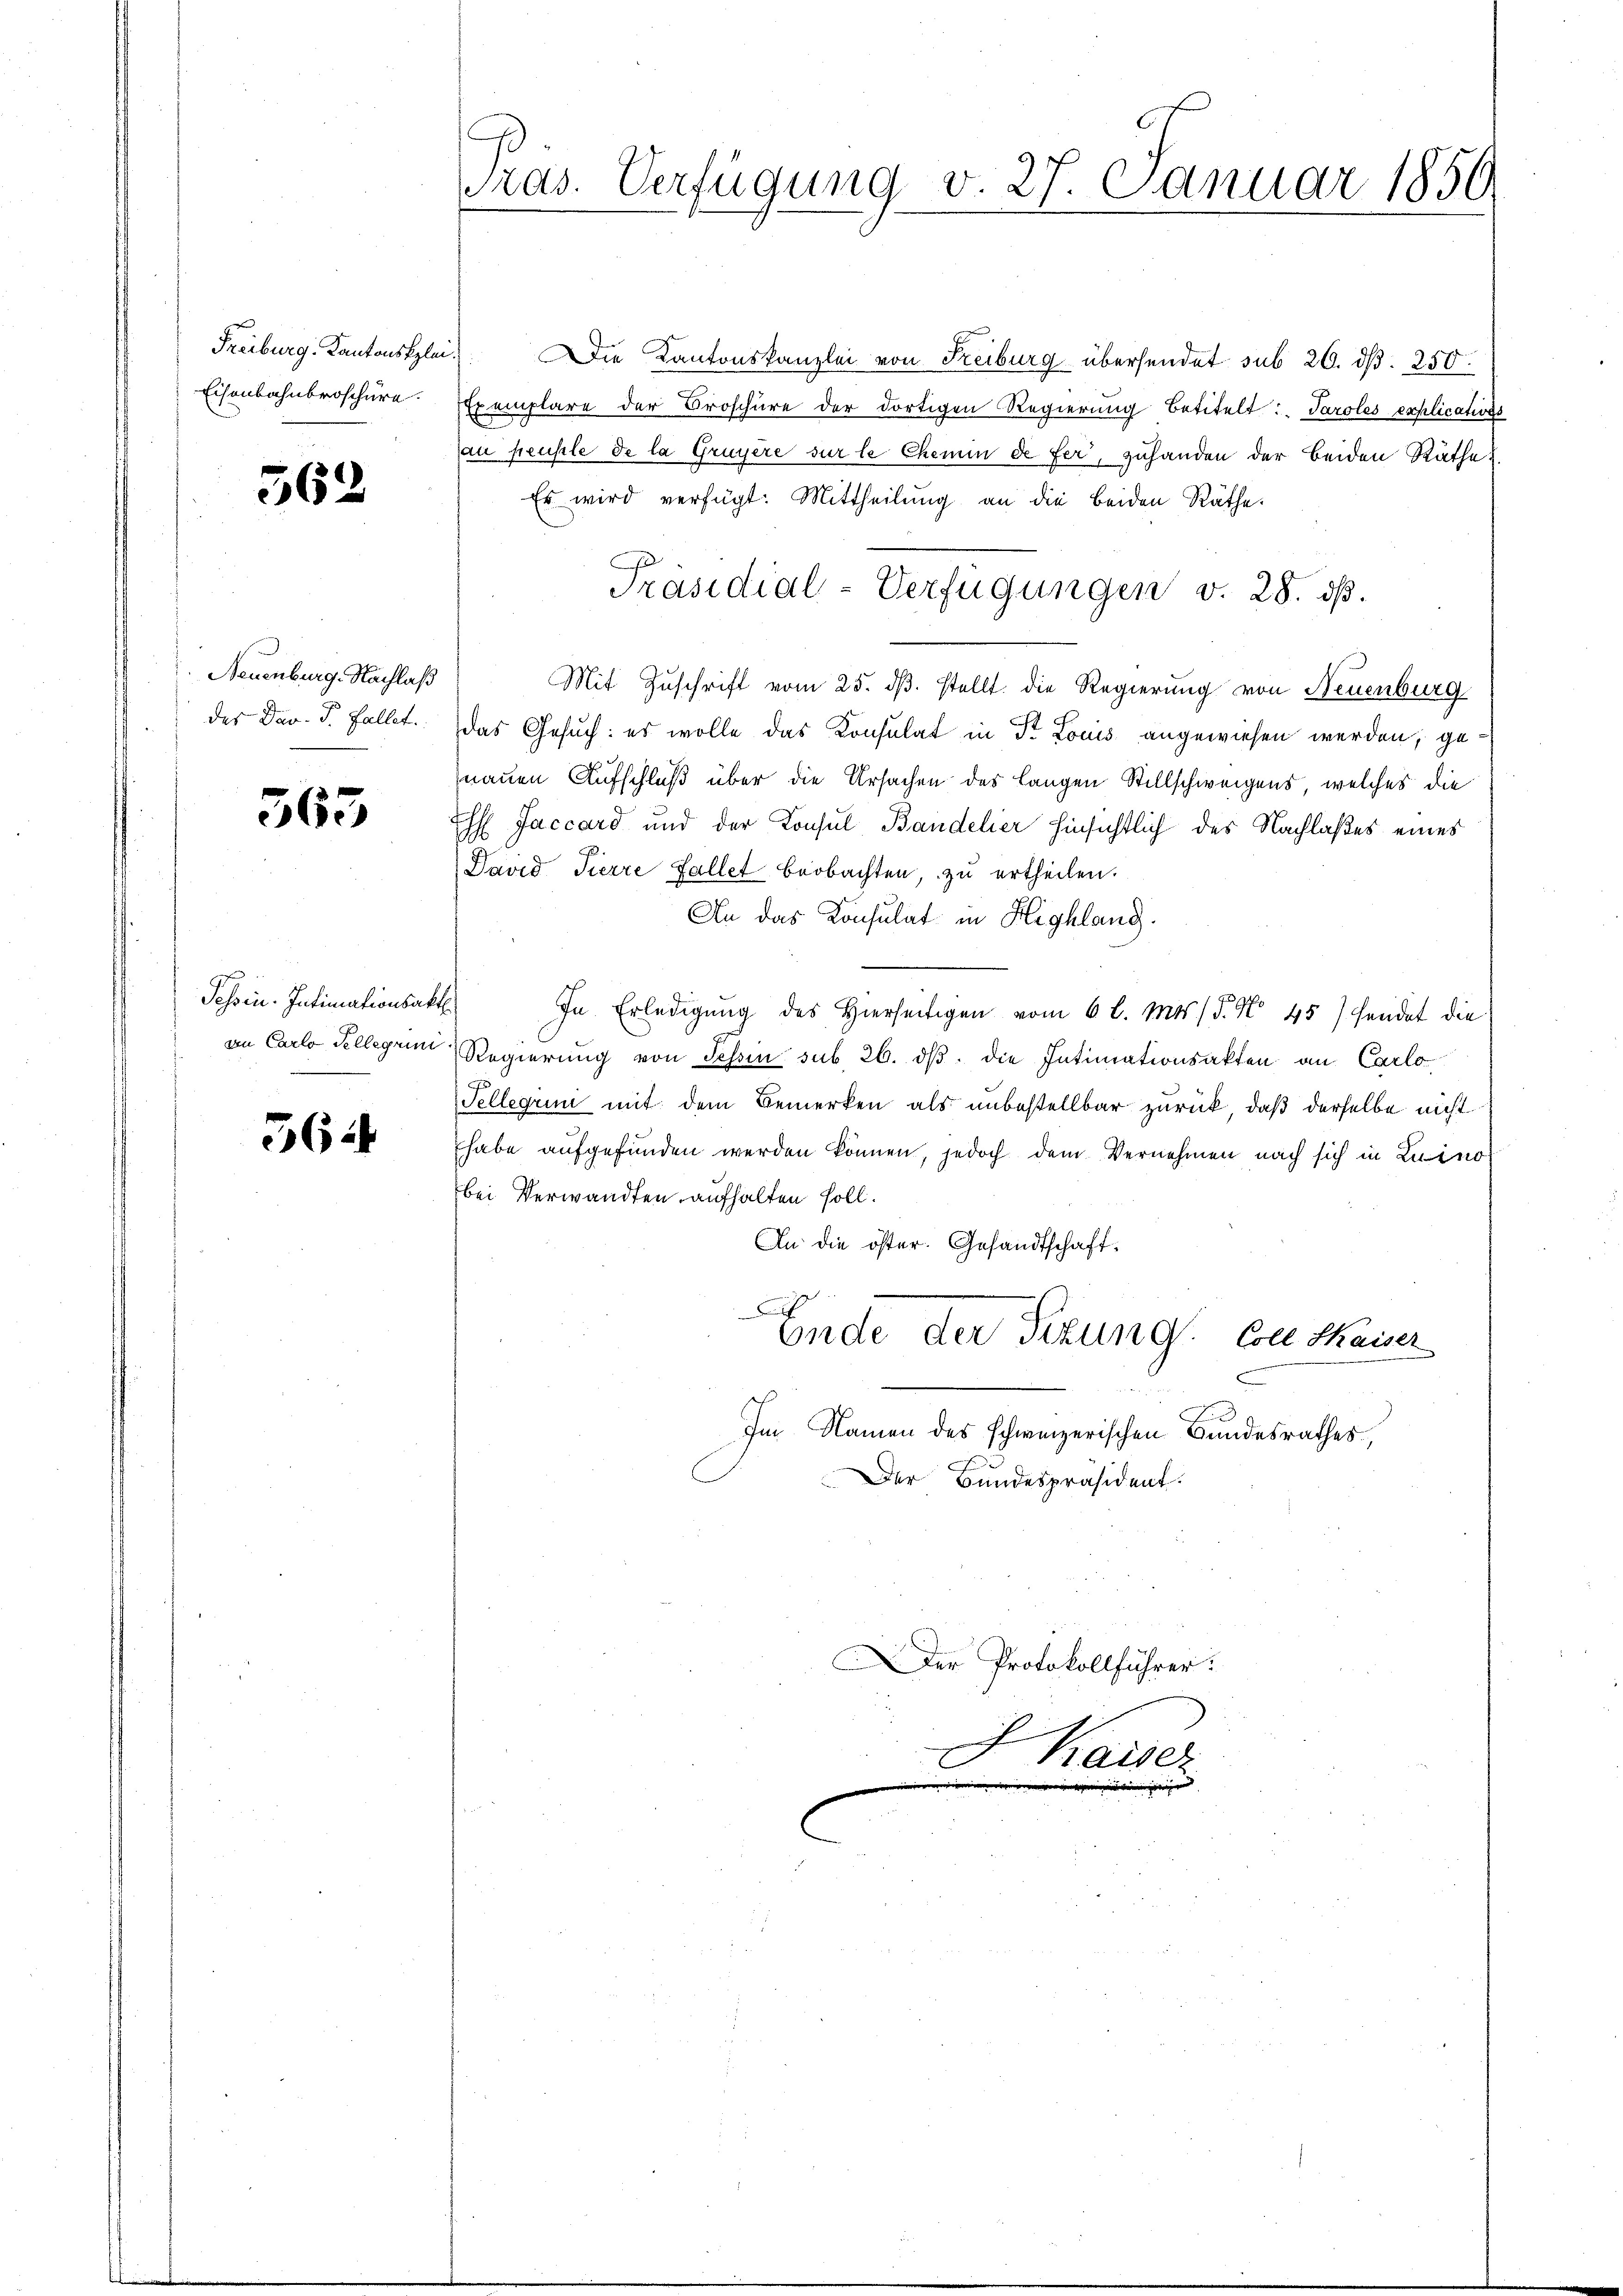
Eisenbahnbroschüre.

562

Neuenburg. Nachlaß
des Dav. P. Fallet.

563

Tessin. Intimationsak
von Carlo Tellegium

36

Pras. Verfügung v. 27. Januar 1850

Freiburg, Kantonsklei. Die Kantonskanzlei von Freiburg übersendet sub 20. dß. 250.
Exemplare der Broschüre der dortigen Regierung betitelt: „Paroles explicatives
an pensele de la Gruyère sur le Chemin de fer, zuhanden der beiden Räthe u.
Es wird verfügt: Mittheilung an die beiden Räthe.
Mit Zuschrift vom 25. ds. stellt die Regierung von Neuenburg
das Gesuch: es wolle das Konsulat in Dr Louis angewiesen werden, genauen Aufschluß über die Ursachen des Langen Stillschweigens, welches die
Eh Jaccard und der Konsul Bandelier hinsichtlich des Nachlaßes eines
David Tierre Fallet beobachten, zu ertheilen.
An das Konsulat in Highlang.
.
In Erledigung des Hierseitigen vom 6 l. Mts. S. No. 45) hendet die
Regierŭng von Schon sub. 26. dβ die Intimationsakten an Carlo
Tellegiini mit dem Bemerken als unbestellbar zurück, daß derselbe nicht
habe aufgefunden werden können, jedoch dem Vernehmen nach sich in Luino
bei Verwandten aufhalten soll.
An die öster. Gesandtschaft.
x
Ende der Tizung. Con Kaiser
Im Namen des schweizerischen Bundesrathes,
Der Bundespräsident:
Der Protokollführer.
.
Kaiser

Präsidial-Verfügungen v. 28. ds.

mmini in einigen